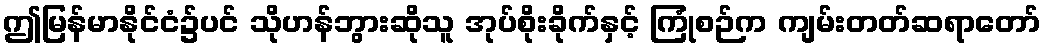
ဤမြန်မာနိုင်ငံ၌ပင် သိုဟန်ဘွားဆိုသူ အုပ်စိုးခိုက်နှင့် ကြုံစဉ်က ကျမ်းတတ်ဆရာတော်